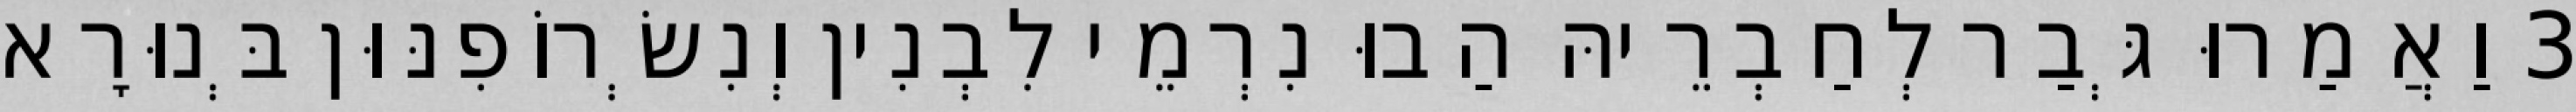
3 וַאֲמַרוּ גְּבַר לְחַבְרֵיהּ הַבוּ נִרְמֵי לִבְנִין וְנִשְׂרוֹפִנּוּן בְּנוּרָא